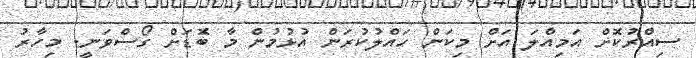
ސިއްރުކޮށް އަމިއްލަ އަށް މިކަން ހައްލުކުރަން އުޅުމުން މާ ބޮޑަށް ގޯސްވަނީ. މިހާރު